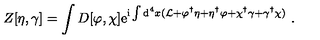
Z [ \eta , \gamma ] = \int D [ \varphi , \chi ] \mathrm { e } ^ { \mathrm { i } \int \mathrm { d } ^ { 4 } x ( { \cal L } + \varphi ^ { \dagger } \eta + \eta ^ { \dagger } \varphi + \chi ^ { \dagger } \gamma + \gamma ^ { \dagger } \chi ) } \ .